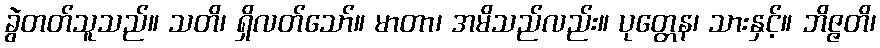
ခွဲတတ်သူသည်။ သတိ၊ ရှိလတ်သော်။ မာတာ၊ အမိသည်လည်း။ ပုတ္တေန၊ သားနှင့်။ ဘိဇ္ဇတိ၊